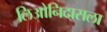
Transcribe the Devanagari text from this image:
लिओनिदासला